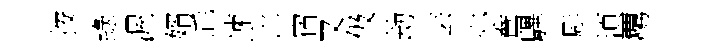
按綠渥婿乖速形宿又伋劫芸亦鴦驆彫湏覊